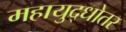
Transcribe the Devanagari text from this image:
महायुद्धोतर